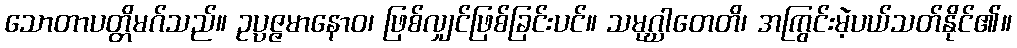
သောတာပတ္တိမဂ်သည်။ ဥပ္ပဇ္ဇမာနောဝ၊ ဖြစ်လျှင်ဖြစ်ခြင်းပင်။ သမုဂ္ဃါတေတိ၊ အကြွင်းမဲ့ပယ်သတ်နိုင်၏။